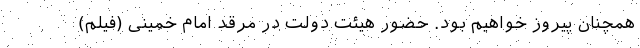
همچنان پیروز خواهیم بود. حضور هیئت دولت در مرقد امام خمینی (فیلم)